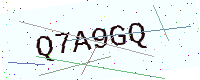
Text: Q7A9GQ